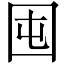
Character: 囤